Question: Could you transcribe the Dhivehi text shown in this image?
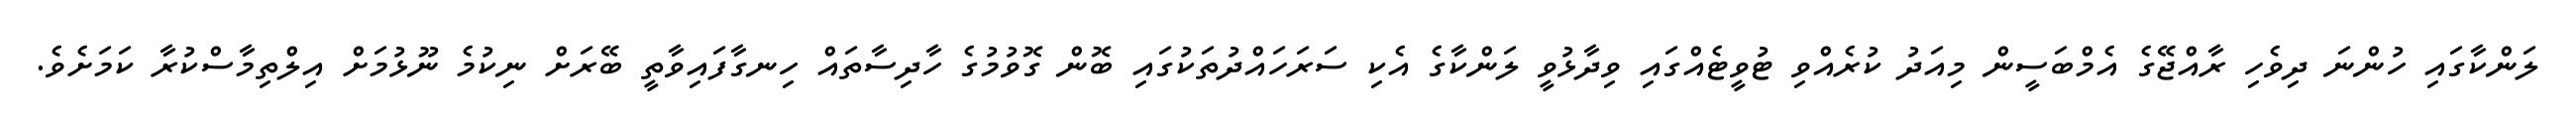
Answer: ލަންކާގައި ހުންނަ ދިވެހި ރާއްޖޭގެ އެމްބަސީން މިއަދު ކުރެއްވި ޓުވީޓެއްގައި ވިދާޅުވީ ލަންކާގެ އެކި ސަރަހައްދުތަކުގައި ބޮން ގޮވުމުގެ ހާދިސާތައް ހިނގާފައިވާތީ ބޭރަށް ނިކުމެ ނޫޅުމަށް އިލްތިމާސްކުރާ ކަމަށެވެ.